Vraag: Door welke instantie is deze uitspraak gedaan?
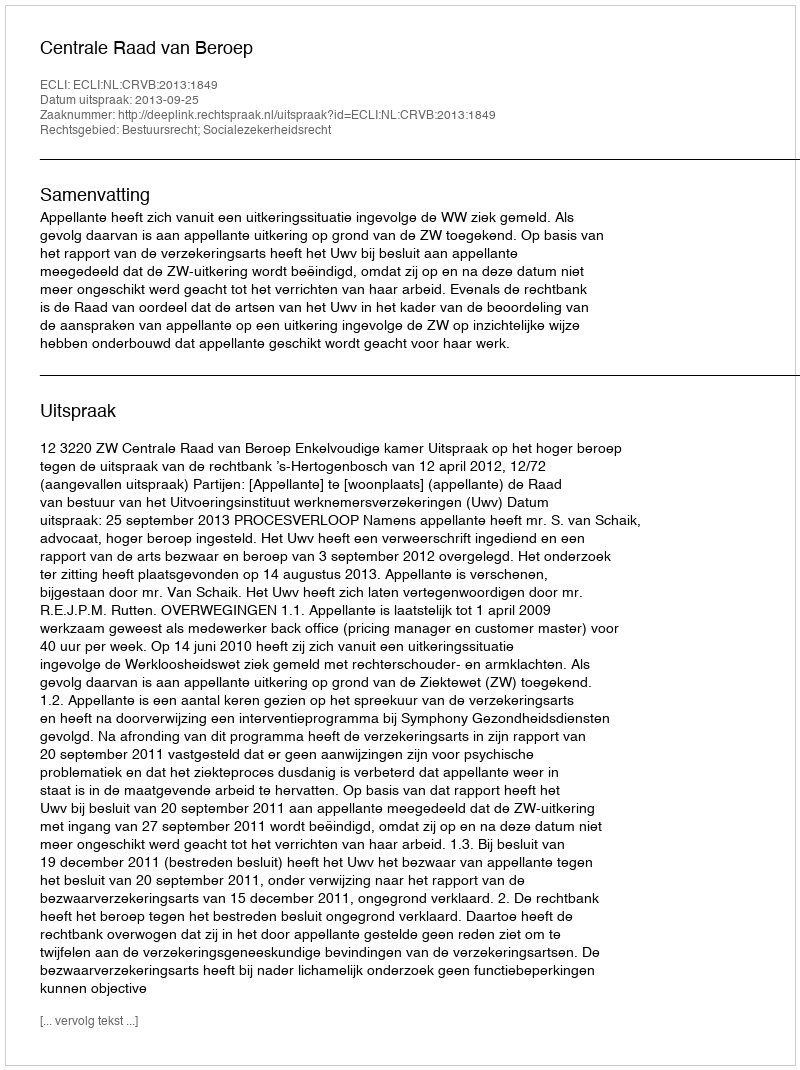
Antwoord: Centrale Raad van Beroep